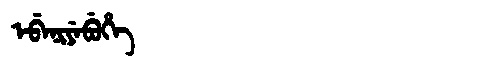
Manchu: ᡝᠪᡝᠨᡳᠶᡝᠪᡠᡥᡝ
Romanization: EBENIYEBUHE